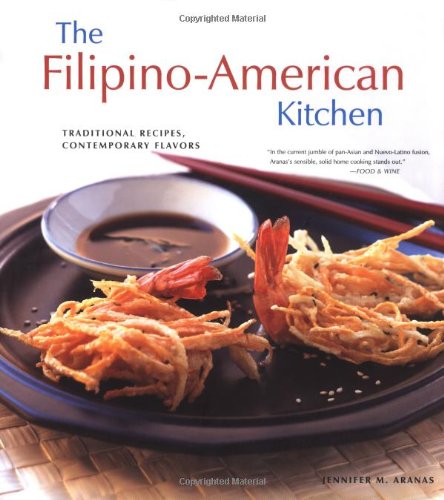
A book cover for The Filipino-American Kitchen: Traditional Recipes, Contemporary Flavors; Jennifer M. Aranas; Cookbooks, Food & Wine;